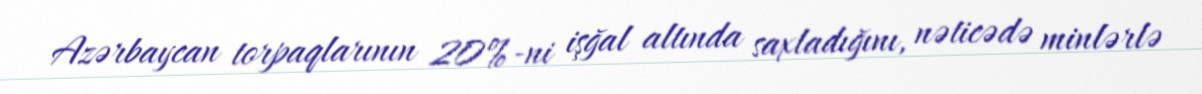
Azərbaycan torpaqlarının 20%-ni işğal altında saxladığını, nəticədə minlərlə